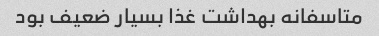
متاسفانه بهداشت غذا بسیار ضعیف بود